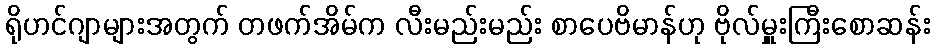
ရိုဟင်ဂျာများအတွက် တဖက်အိမ်က လီးမည်းမည်း စာပေဗိမာန်ဟု ဗိုလ်မှူးကြီးစောဆန်း